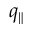
q _ { \parallel }